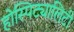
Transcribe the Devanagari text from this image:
होस्पिट्यालिटी